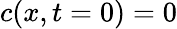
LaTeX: c(x,t=0)=0